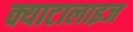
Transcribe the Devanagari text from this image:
क्याटालाइज